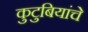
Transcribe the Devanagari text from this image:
कुटुबियांचे